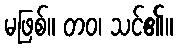
မဖြစ်။ တဝ၊ သင်၏။